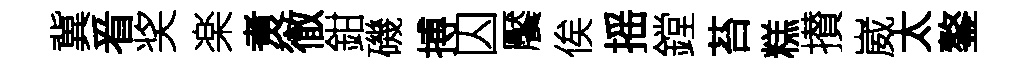
冀㸔奖楽煑徹鉗磯搏囚饜俟摇鏜苔糕攅崴太鏊